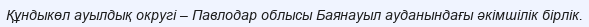
Құндыкөл ауылдық округі – Павлодар облысы Баянауыл ауданындағы әкімшілік бірлік.